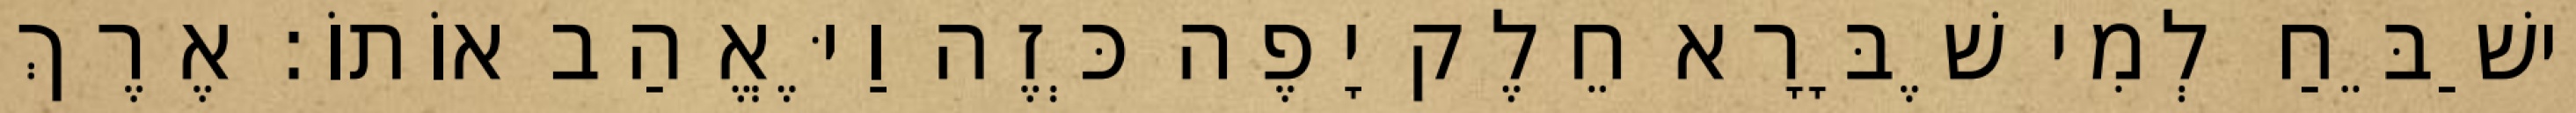
וִישַׁבֵּחַ לְמִי שֶׁבָּרָא חֵלֶק יָפֶה כְּזֶה וַיֶּאֱהַב אוֹתוֹ: אֶרֶךְ